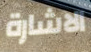
الاشارة